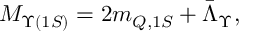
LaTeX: M _ { \Upsilon ( 1 S ) } = 2 m _ { Q , 1 S } + \bar { \Lambda } _ { \Upsilon } ,